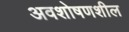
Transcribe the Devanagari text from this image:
अवशोषणशील